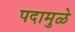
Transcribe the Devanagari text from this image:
पदामुळे